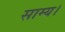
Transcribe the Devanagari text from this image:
साम्य।